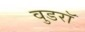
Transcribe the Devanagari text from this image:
वुडरॉ